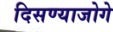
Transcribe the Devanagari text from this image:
दिसण्याजोगे